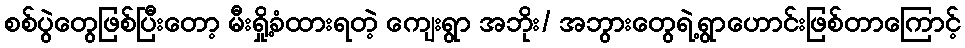
စစ်ပွဲတွေဖြစ်ပြီးတော့ မီးရှို့ခံထားရတဲ့ ကျေးရွာ အဘိုး/ အဘွားတွေရဲ့ရွာဟောင်းဖြစ်တာကြောင့်